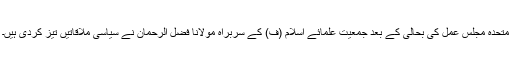
متحدہ مجلس عمل کی بحالی کے بعد جمعیت علمائے اسلام (ف) کے سربراہ مولانا فضل الرحمان نے سیاسی ملاقاتیں تیز کردی ہیں۔